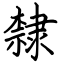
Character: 隸